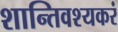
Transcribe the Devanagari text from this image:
शान्तिवश्यकरं